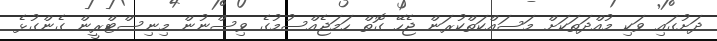
ދަށުގައި ވަކި މުއްދަތަކަށް މަސައްކަތްކުރަން ޖެހޭ ގޮތް ހަމަޖެއްސުމުގެ ވިސްނުން މިނިސްޓްރީން ގެންގުޅެ